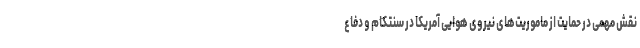
نقش مهمی در حمایت از ماموریت‌های نیروی هوایی آمریکا در سنتکام و دفاع